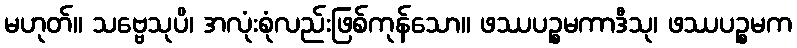
မဟုတ်။ သဗ္ဗေသုပိ၊ အလုံးစုံလည်းဖြစ်ကုန်သော။ ဖဿပဉ္စမကာဒီသု၊ ဖဿပဉ္စမက